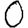
Digit: 0